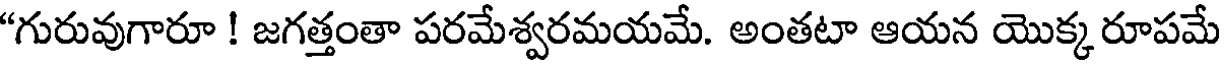
"గురువుగారూ ! జగత్తంతా పరమేశ్వరమయమే. అంతటా ఆయన యొక్క రూపమే